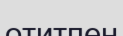
отитпен